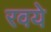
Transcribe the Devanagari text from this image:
रवये